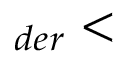
_ { d e r } <